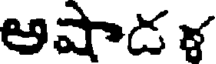
అషాడళ